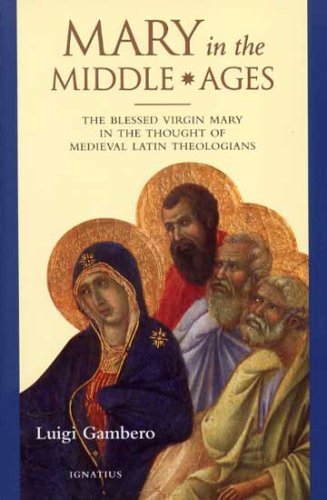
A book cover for Mary in the Middle Ages: The Blessed Virgin Mary in the Thought of Medieval Latin Theologians; Luigi Gambero; Christian Books & Bibles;